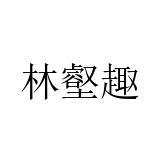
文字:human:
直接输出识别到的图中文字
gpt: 林壑趣